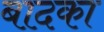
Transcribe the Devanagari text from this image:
बादका